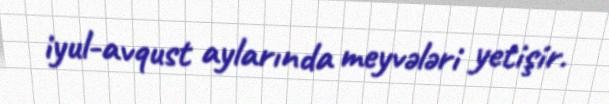
iyul-avqust aylarında meyvələri yetişir.